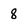
Character: 8